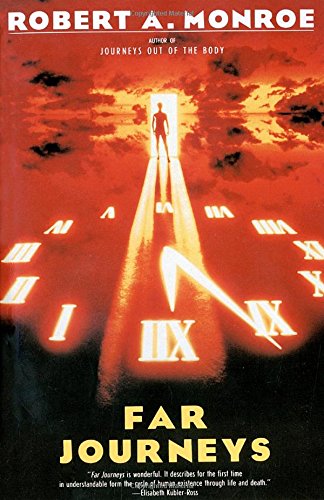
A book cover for Far Journeys; Robert Monroe; Religion & Spirituality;